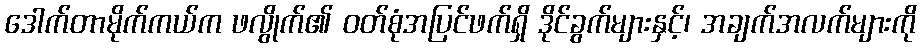
ဒေါက်တာမိုက်ကယ်က ဖလွိုက်၏ ဝတ်စုံအပြင်ဖက်ရှိ ဒိုင်ခွက်များနှင့်၊ အချက်အလက်များကို